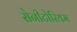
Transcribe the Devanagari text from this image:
सेनीटोरियम